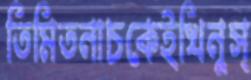
তিমিতনাচকেইখিনুস্